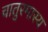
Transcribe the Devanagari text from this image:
चातुरमास्य